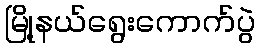
မြို့နယ်ရွေးကောက်ပွဲ